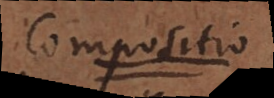
Compositio